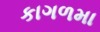
કાગળમા